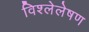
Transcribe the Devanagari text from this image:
विश्लेलेषण